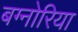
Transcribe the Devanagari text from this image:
बग्नोरिया